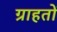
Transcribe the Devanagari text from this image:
ग्राहतों